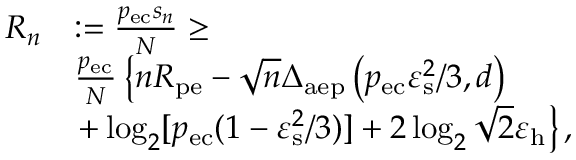
\begin{array} { r l } { R _ { n } } & { : = \frac { p _ { \mathrm { e c } } s _ { n } } { N } \geq } \\ & { \frac { p _ { \mathrm { e c } } } { N } \left\{ n R _ { \mathrm { p e } } - \sqrt { n } \Delta _ { \mathrm { a e p } } \left( p _ { \mathrm { e c } } \varepsilon _ { \mathrm { s } } ^ { 2 } / 3 , d \right) \right. } \\ & { \left. + \log _ { 2 } [ p _ { \mathrm { e c } } ( 1 - \varepsilon _ { \mathrm { s } } ^ { 2 } / 3 ) ] + 2 \log _ { 2 } \sqrt { 2 } \varepsilon _ { \mathrm { h } } \right\} , } \end{array}